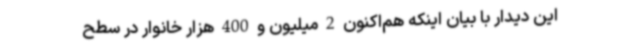
این دیدار با بیان اینکه هم‌اکنون 2 میلیون و 400 هزار خانوار در سطح